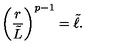
\left( { \frac { r } { \tilde { L } } } \right) ^ { p - 1 } = \tilde { \ell } .